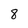
Character: 8